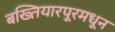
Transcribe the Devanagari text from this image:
बख्तियारपूरमधून